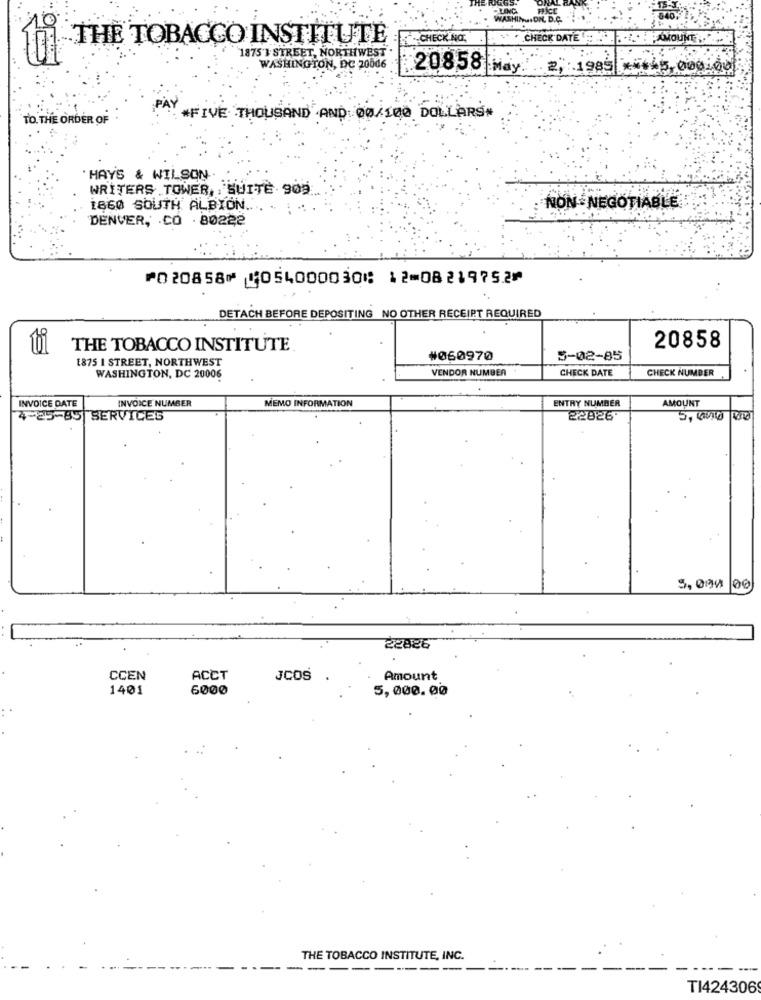
THE TOBACCO INSTITUTE
.CHECK NO.
CHECK DATE: MOUNT
1875'} STREET, NORTHWEST
WAŠŤ
FTON, DC 20046
20858
May.
2, 1985
** +45.000.00
TO. THE ORDER OF
*FIVE THOUSAND AND 00/100 DOLLARS#
. HAY'S & WILSON.
WRITERS TOWER, , SUITE 905
1860 SOUTH ALBION .. . . . .. .
NON NEGOTIABLE
DENVER, CO .80222
⑈020858⑈ ⑆054000030⑆ 12⑉08219752⑈
DETACH BEFORE DEPOSITING NO OTHER RECEIRT REQUIRED
THE TOBACCO INSTITUTE.
20858
1875 I STREET, NORTHWEST
#060970
5-02-85
VENDOR NUMBER
CHECK DATE
CHECK NUMBER
WASHINGTON, DC 20006
INVOICE DATE
INVOICE NUMBER
MEMO INFORMATION
ENTRY NUMBER
AMOUNT
4-25-85 SERVICES
22026
5, 00 00
5, 000
22826
CCEN
ACCT
JCOS
Amount
1401
6000
5,000.00
THE TOBACCO INSTITUTE, INC.
-
----
TI424306